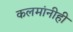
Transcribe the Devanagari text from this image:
कलमांनीही